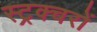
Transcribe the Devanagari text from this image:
स्ट्रक्चरों